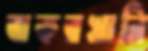
বাকরখানি